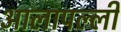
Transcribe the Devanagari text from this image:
आलापल्ली